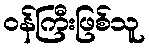
ဝန်ကြီးဖြစ်သူ